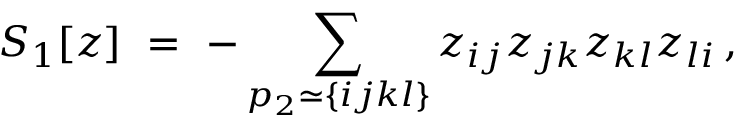
S _ { 1 } [ z ] ~ = ~ - \sum _ { p _ { 2 } \simeq \{ i j k l \} } z _ { i j } z _ { j k } z _ { k l } z _ { l i } \, ,